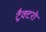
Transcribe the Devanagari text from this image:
ट्रैक्टरो